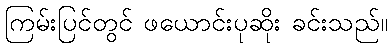
ကြမ်းပြင်တွင် ဖယောင်းပုဆိုး ခင်းသည်။